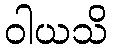
ဝါယသိ